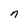
Character: n